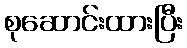
စုဆောင်းထားပြီး